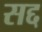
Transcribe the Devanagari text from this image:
सद्द